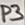
Text: P3